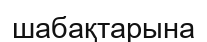
шабақтарына